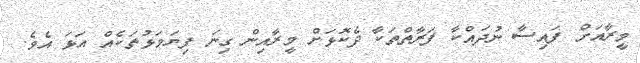
މީރާއަށް ފައިސާ ނުދައްކާ ފަރާތްތަކާ ދެކޮޅަށް މީރާއިން ގިނަ ފިޔަވަޅުތަކެއް އަޅަ އެވެ.